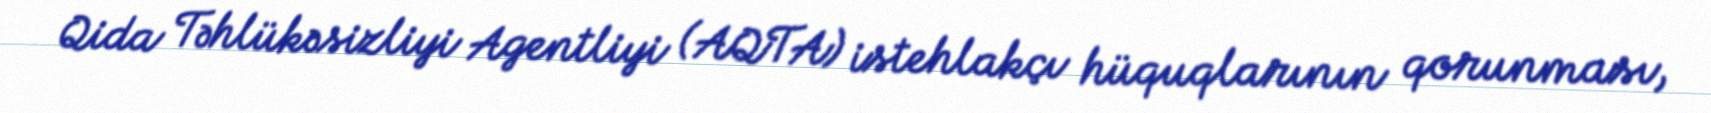
Qida Təhlükəsizliyi Agentliyi (AQTA) istehlakçı hüquqlarının qorunması,